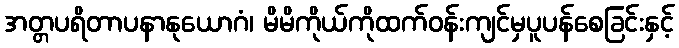
အတ္တပရိတာပနာနုယောဂံ၊ မိမိကိုယ်ကိုထက်ဝန်းကျင်မှပူပန်စေခြင်းနှင့်